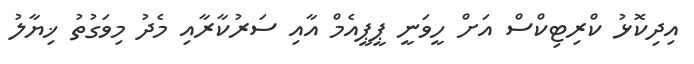
އިދިކޮޅު ކްރިޓިކްސް އަށް ހީވަނީ ޕީޕީއެމް އާއި ސަރުކާރާއި މެދު މިވަގުތު ޚިޔާލު